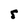
Character: 5